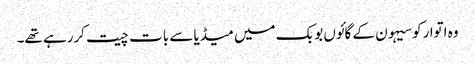
وہ اتوارکوسیہون کے گائوں بوبک میں میڈیا سے بات چیت کررہے تھے۔